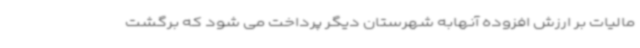
مالیات بر ارزش افزوده آنهابه شهرستان دیگر پرداخت می شود که برگشت